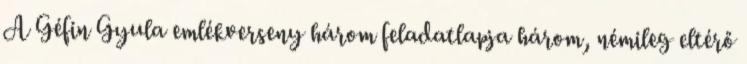
A Géfin Gyula emlékverseny három feladatlapja három, némileg eltérő